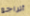
أتراجع